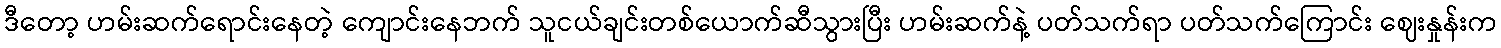
ဒီတော့ ဟမ်းဆက်ရောင်းနေတဲ့ ကျောင်းနေဘက် သူငယ်ချင်းတစ်ယောက်ဆီသွားပြီး ဟမ်းဆက်နဲ့ ပတ်သက်ရာ ပတ်သက်ကြောင်း ဈေးနှုန်းက